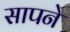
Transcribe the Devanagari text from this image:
सापने